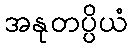
အနုတပ္ပိယံ